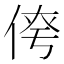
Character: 𪝄